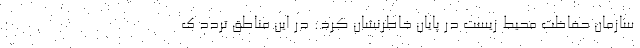
سازمان حفاظت محیط زیست در پایان خاطرنشان کرد: در این مناطق تردد ک